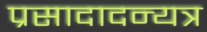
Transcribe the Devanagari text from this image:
प्रसादादन्यत्र